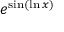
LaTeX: e ^ { \sin ( \ln x ) }